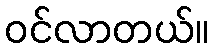
ဝင်လာတယ်။